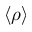
\langle \rho \rangle